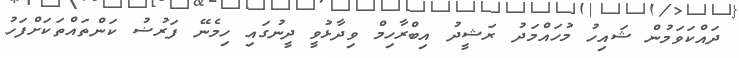
ދައްކަވަމުން ޝައިހު މުހައްމަދު ރަޝީދު އިބްރާހިމް ވިދާޅުވީ ދީނުގައި ހިމެނޭ ފަރުޟު ކަންތައްތަކަށްފަހު